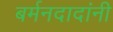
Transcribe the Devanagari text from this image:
बर्मनदादांनी